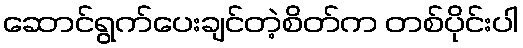
ဆောင်ရွက်ပေးချင်တဲ့စိတ်က တစ်ပိုင်းပါ